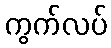
ကွက်လပ်